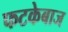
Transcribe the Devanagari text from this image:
फटकेबाज